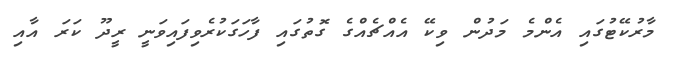
މާރުކޭޓުގައި އެންމެ މަދުން ވިކޭ އެއްޗެއްގެ ގޮތުގައި ފާހަގަކުރެވިފައިވަނީ ރީދޫ ކަރަ އާއި